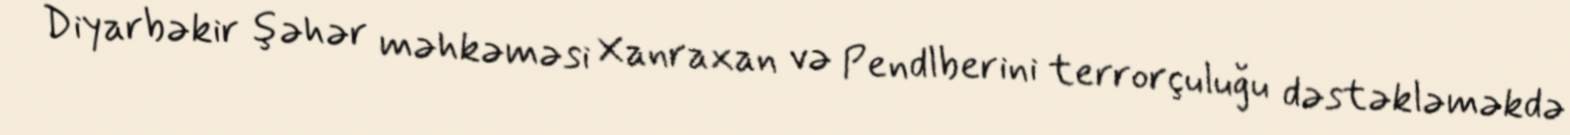
Diyarbəkir şəhər məhkəməsi Xanraxan və Pendlberini terrorçuluğu dəstəkləməkdə